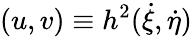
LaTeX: (u,v)\equiv h^{2}(\dot{\xi},\dot{\eta})